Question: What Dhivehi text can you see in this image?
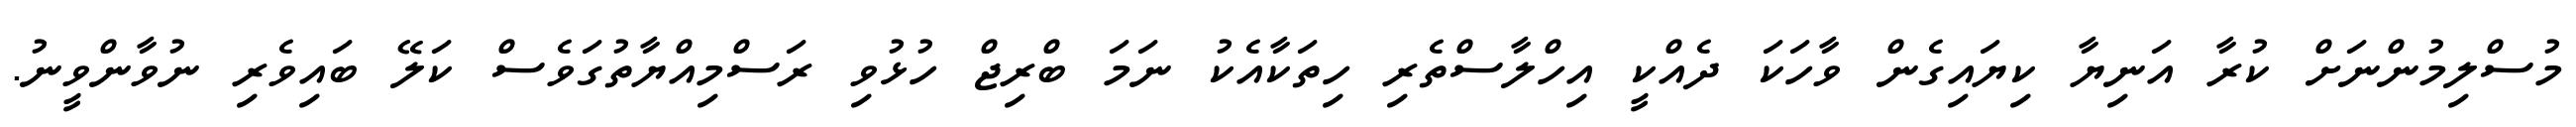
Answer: މުސްލިމުންނަށް ކުރާ އަނިޔާ ކިޔައިގެން ވާހަކަ ދެއްކީ އިހްލާސްތެރި ހިތަކާއެކު ނަމަ ބްރިޖް ހުޅުވި ރަސްމިއްޔާތުގަވެސް ކަލޭ ބައިވެރި ނުވާންވީނު.